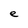
Character: e